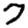
Digit: 7